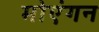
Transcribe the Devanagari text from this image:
मोएंगन